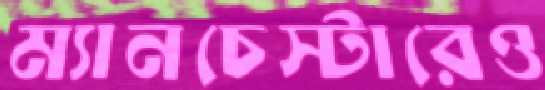
ম্যানচেস্টারেও